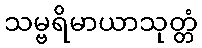
သမ္ဗရိမာယာသုတ္တံ